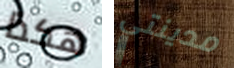
هكذا مدينتي